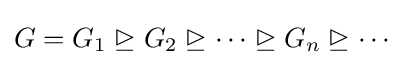
G=G_{1}\trianglerighteq G_{2}\trianglerighteq \cdots \trianglerighteq G_{n}\trianglerighteq \cdots